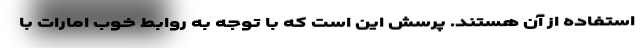
استفاده از آن هستند. پرسش این است که با توجه به روابط خوب امارات با